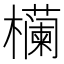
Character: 𬅉